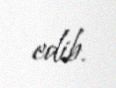
edib.